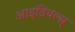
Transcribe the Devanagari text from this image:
आइडियल्स्‌